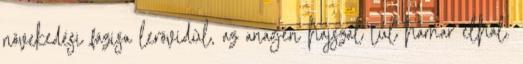
növekedési fázisa lerövidül, az anagén hajszál túl hamar elhal.